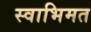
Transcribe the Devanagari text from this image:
स्वाभिमत